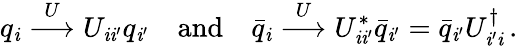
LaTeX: q_{\mathit{i}}\stackrel{U}{\longrightarrow}U_{\mathit{i}\mathit{i}^{\prime}}q_{\mathit{i}^{\prime}}\quad\mathrm{{and}}\quad\bar{{q}}_{\mathit{i}}\stackrel{U}{\longrightarrow}U_{\mathit{i}\mathit{i}^{\prime}}^{*}\bar{{q}}_{\mathit{i}^{\prime}}=\bar{{q}}_{\mathit{i}^{\prime}}U_{\mathit{i}^{\prime}\mathit{i}}^{\dagger}\, .